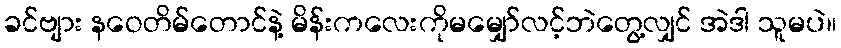
ခင်ဗျား နဝေတိမ်တောင်နဲ့ မိန်းကလေးကိုမမျှော်လင့်ဘဲတွေ့လျှင် အဲဒါ သူမပဲ။